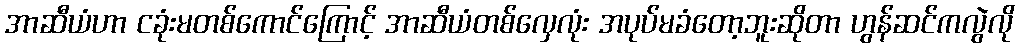
အာဆီယံဟာ ငခုံးမတစ်ကောင်ကြောင့် အာဆီယံတစ်လှေလုံး အပုပ်မခံတော့ဘူးဆိုတာ ဟွန်ဆင်ကလွဲလို